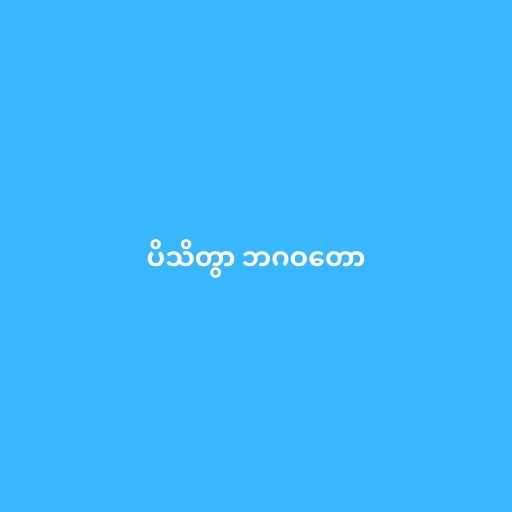
ပိသိတွာ ဘဂဝတော